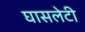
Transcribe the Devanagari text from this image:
घासलेटी